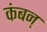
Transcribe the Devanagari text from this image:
कंबन्